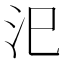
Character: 汜